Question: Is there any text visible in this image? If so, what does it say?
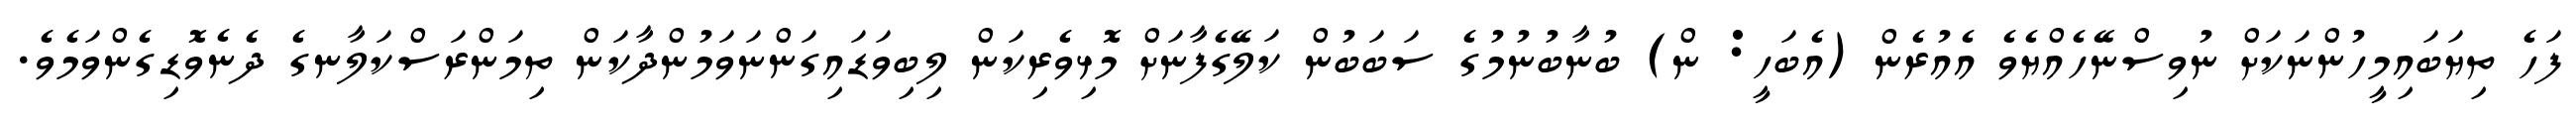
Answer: ފަހެ ތިޔަބައިމީހުންނަކަށް ނުވިސްނޭހެއްޔެވެ އެއުރެން (އެބަހީ: ން) ބުނާބުނުމުގެ ސަބަބުން ކަލޭގެފާނަށް މޮޅިވެރިކަން ލިބިވަޑައިގަންނަވަމުންދާކަން ތިމަންރަސްކަލާނގެ ދެނެވޮޑިގެންވަމެވެ.